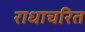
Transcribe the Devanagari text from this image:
राधाचरित